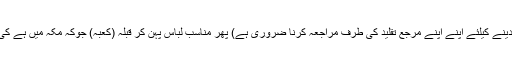
(ان تینوں میں سے اپنے وظیفے کو تشخیص دینے کیلئے اپنے اپنے مرجع تقلید کی طرف مراجعہ کرنا ضروری ہے) پھر مناسب لباس پہن کر قبلہ (کعبہ) جوکہ مکہ میں ہے کی طرف رخ کرکے کھڑے ہونا ضروری ہے۔